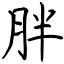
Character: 胖